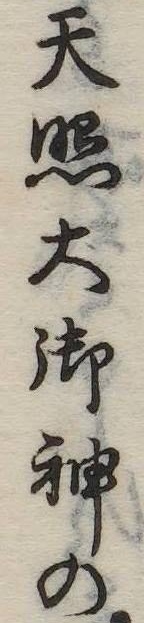
天照大御神の